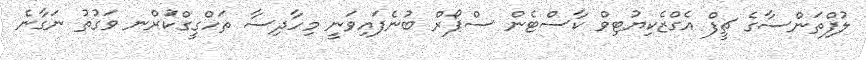
ލުފްތަންސާގެ ޗީފް އެގްޒެކިޔުޓިވް ކާސްޓެން ސްޕޯރް ބުނެފައިވަނީ މިހާދިސާ ތަހްގީގްކުަރްނ ވަގުތު ނަގާނެ